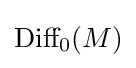
{\text{Diff}}_{0}(M)